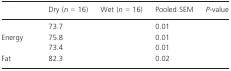
<table><thead><tr><td>[EMPTY_CELL]</td><td><b>Dry (<i>n</i> = 16)</b></td><td><b>Wet (<i>n</i> = 16)</b></td><td><b>Pooled SEM</b></td><td><b><i>P</i>-value</b></td></tr></thead><tbody><tr><td>[EMPTY_CELL]</td><td>73.7</td><td>[EMPTY_CELL]</td><td>0.01</td><td>[EMPTY_CELL]</td></tr><tr><td>Energy</td><td>75.8</td><td>[EMPTY_CELL]</td><td>0.01</td><td>[EMPTY_CELL]</td></tr><tr><td>[EMPTY_CELL]</td><td>73.4</td><td>[EMPTY_CELL]</td><td>0.01</td><td>[EMPTY_CELL]</td></tr><tr><td>Fat</td><td>82.3</td><td>[EMPTY_CELL]</td><td>0.02</td><td>[EMPTY_CELL]</td></tr></tbody></table>